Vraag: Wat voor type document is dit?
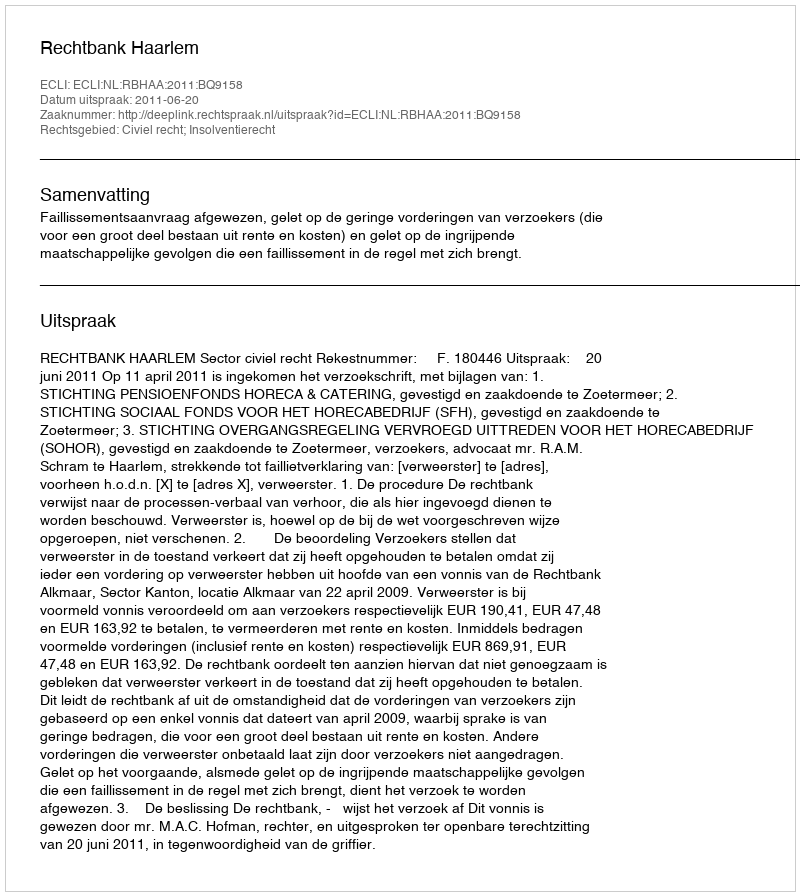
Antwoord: Uitspraak